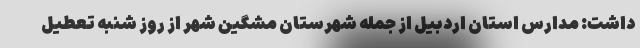
داشت: مدارس استان اردبیل از جمله شهرستان مشگین شهر از روز شنبه تعطیل